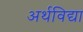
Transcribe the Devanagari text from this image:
अर्थविद्या